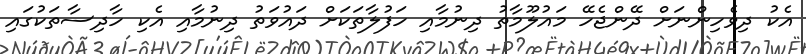
އެކު ދިވެހިންނަށް ދޭންޖެހޭ މައުލޫމާތު ދިނުމާއި ހަފުލާތަކަށް ދައުވަތު ދިނުމާއި އެކި ހާދިސާތަކުގައި